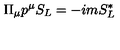
\Pi _ { \mu } p ^ { \mu } S _ { L } = - i m S _ { L } ^ { * }